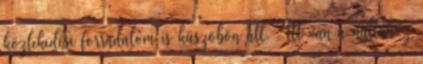
közlekedési forradalom is küszöbön áll. "Itt van a nullához